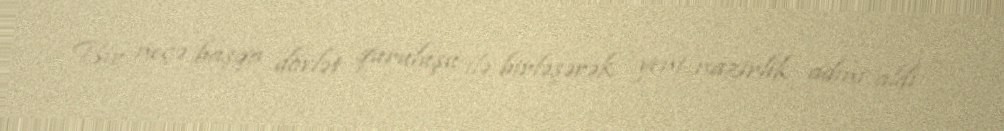
Bir neçə başqa dövlət quruluşu ilə birləşərək yeni nazirlik adını aldı —